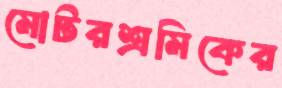
মোটরশ্রমিকের